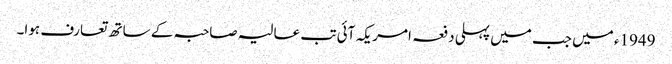
1949ء میں جب میں پہلی دفعہ امریکہ آئی تب عالیہ صاحبہ کے ساتھ تعارف ہوا۔